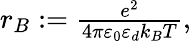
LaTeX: \begin{array}{r}{r_{B}:={\frac{e^{2}}{4\pi\varepsilon_{0}\varepsilon_{d}k_{B}T}},}\end{array}